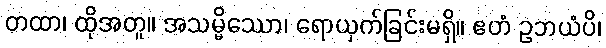
တထာ၊ ထိုအတူ။ အသမ္မိဿော၊ ရောယှက်ခြင်းမရှိ။ ဧတံ ဥဘယံပိ၊